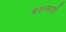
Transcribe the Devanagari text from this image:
बडसाची